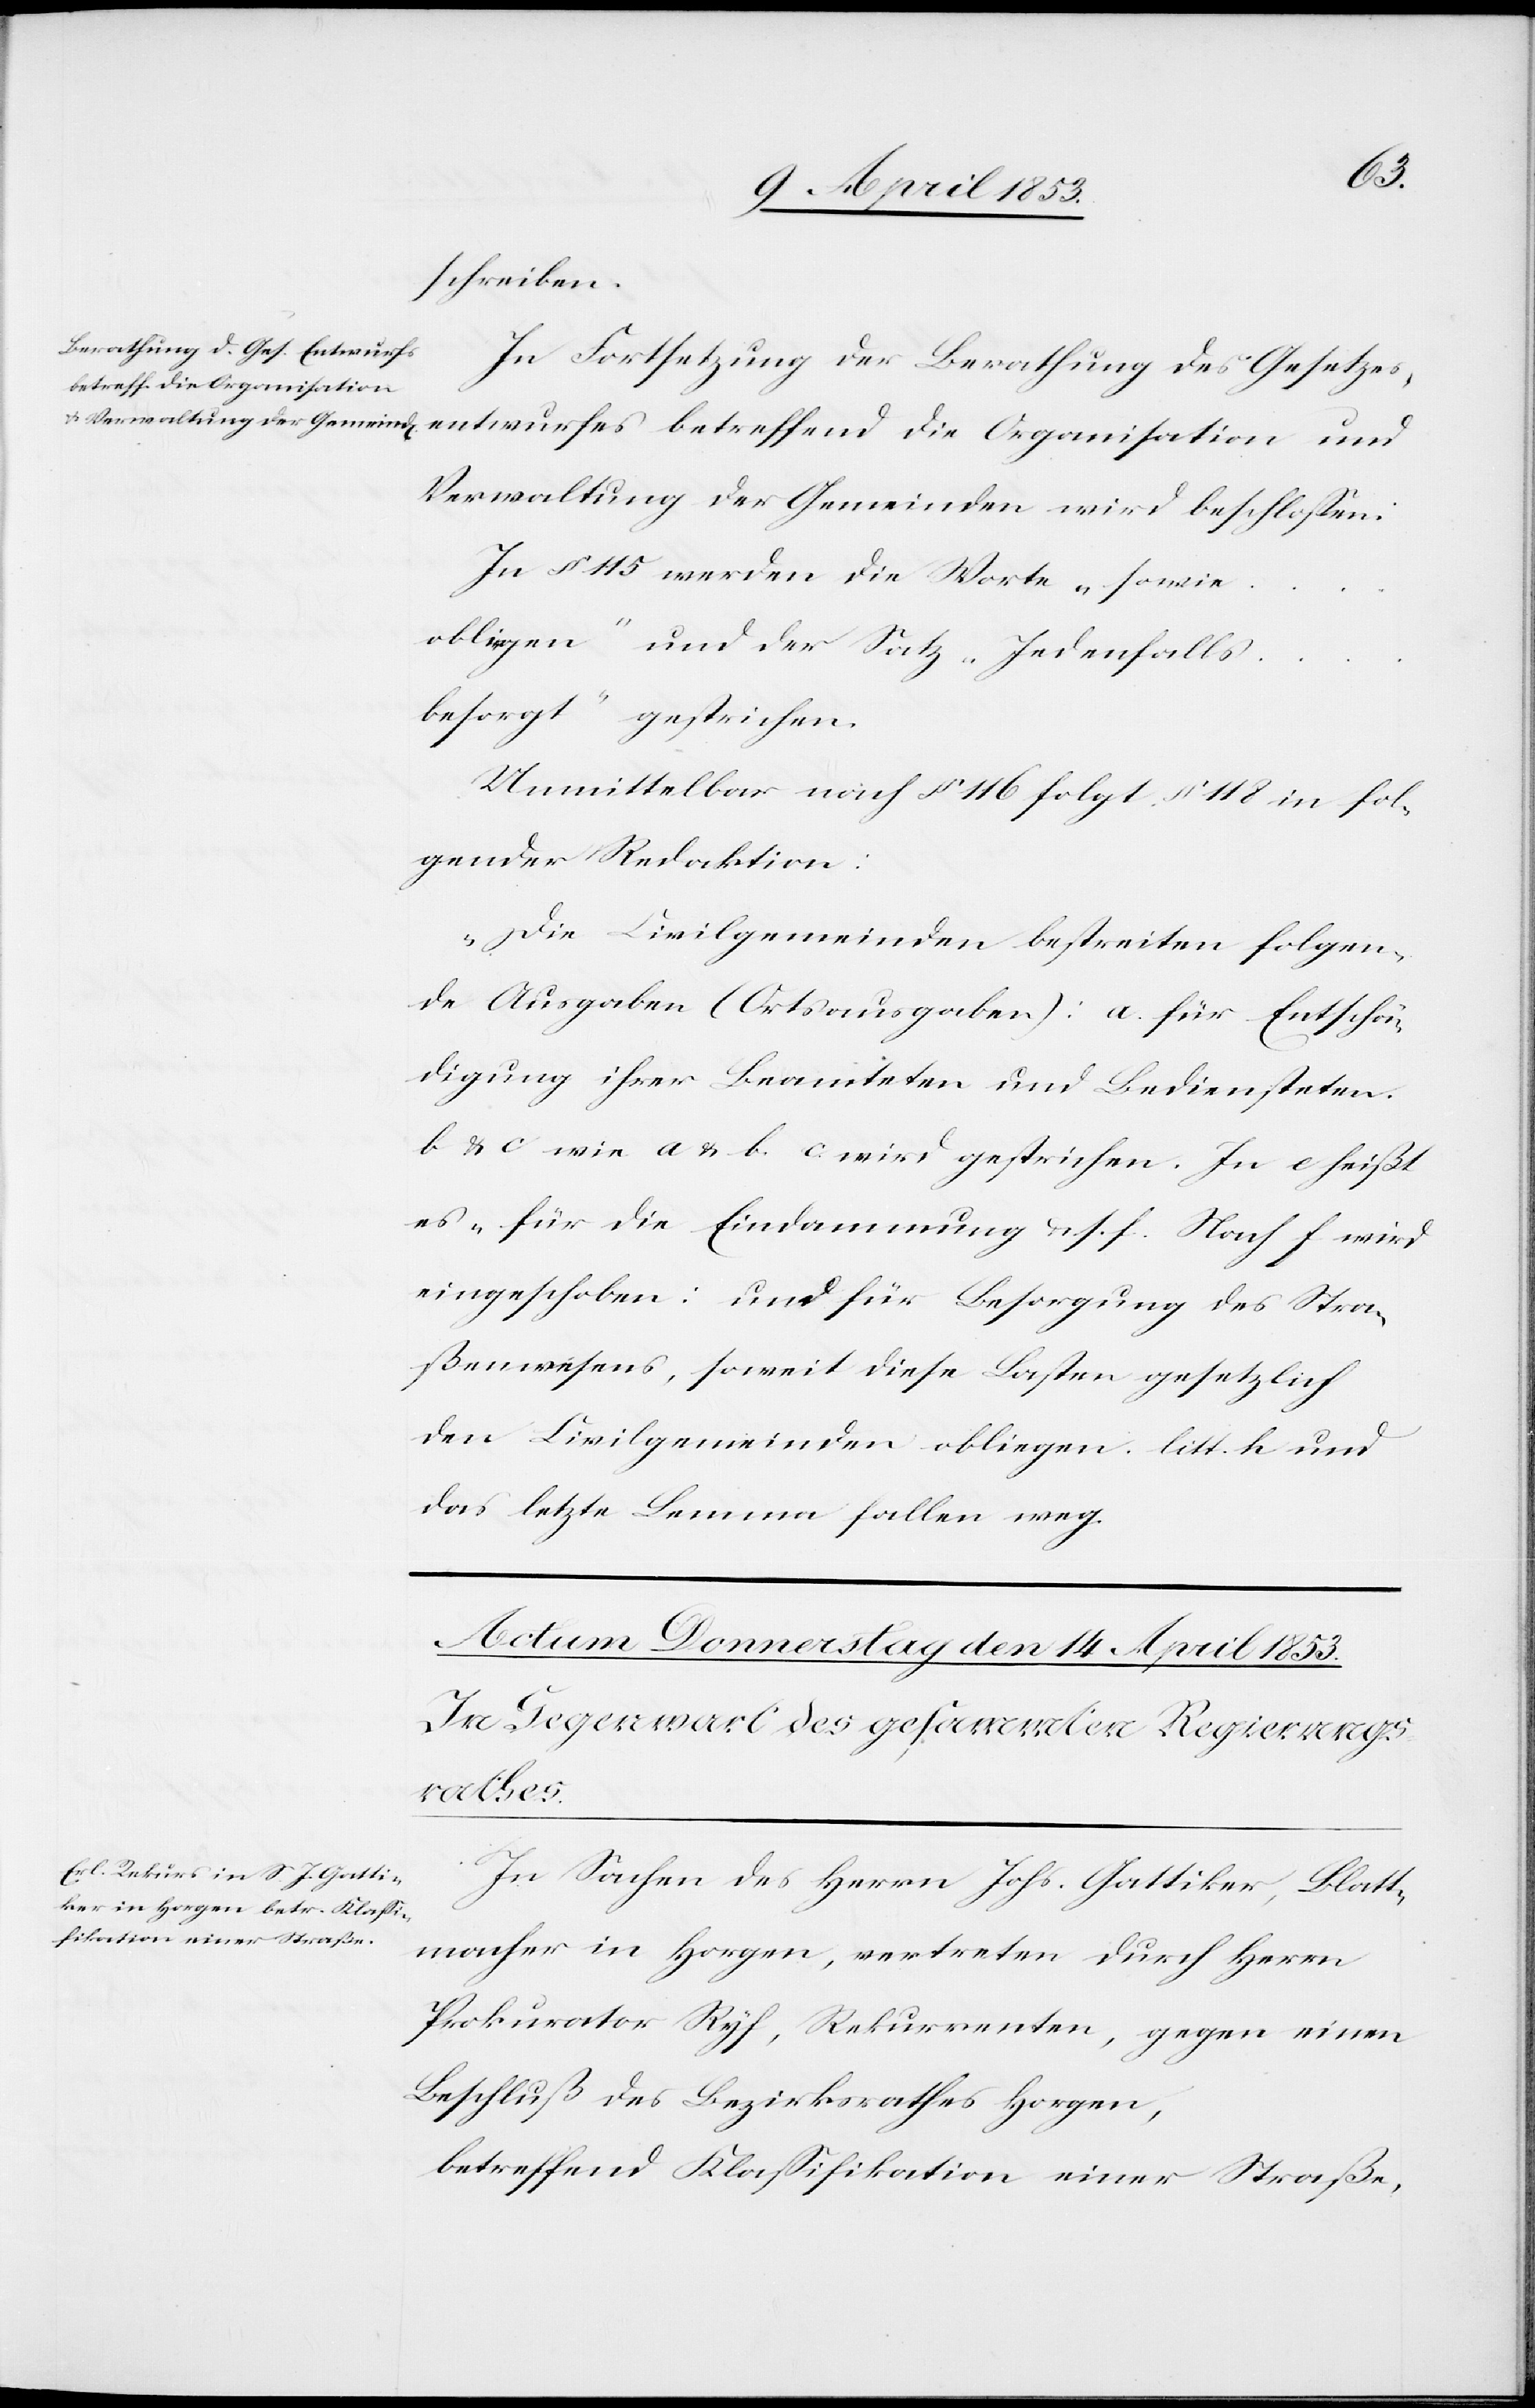
schreiben.
In Fortsetzung der Berathung des Gesetzes¬
entwurfes betreffend die Organisation und
Verwaltung der Gemeinden wird beschloßen.
In § 115 werden die Worte „sowie
obliegen“ und der Satz „Jedenfalls
besorgt“ gestrichen.
Unmittelbar nach § 116 folgt § 118 in fol¬
gender Redaktion:
„Die Civilgemeinden bestreiten folgen¬
de Ausgaben (Ortsausgaben): a. für Entschä¬
digung ihrer Beamteten und Bediensteten.
b. & c. wie a & b. c. wird gestrichen. In e heißt
es „für die Eindammung u. s. f. Nach f wird
eingeschoben: und für Besorgung des Stra¬
ßenwesens, soweit diese Lasten gesetzlich
den Civilgemeinden obliegen. litt. h. und
das letzte Lemma fallen weg.
In Sachen des Herrn Johs. Gattiker, Blatt¬
macher in Horgen, vertreten durch Herrn
Prokurator Ryf, Rekurrenten, gegen einen
Beschluß des Bezirksrathes Horgen,
betreffend Klaßifikation einer Straße,